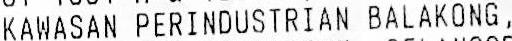
KAWASAN PERINDUSTRIAN BALAKONG,